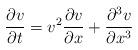
LaTeX: \begin{align*}{\partial v \over {\partial t}} = v^2 {\partial v \over {\partial x}}+{\partial^3 v \over {\partial x^3}}\end{align*}